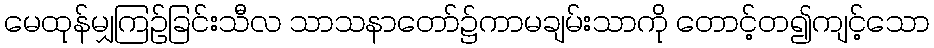
မေထုန်မျှကြဉ်ခြင်းသီလ သာသနာတော်၌ကာမချမ်းသာကို တောင့်တ၍ကျင့်သော